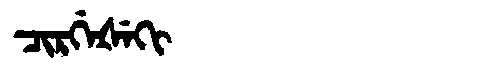
Manchu: ᠴᡳᡵᡤᡝᡧᡝᡴᡳ
Romanization: CIRGEŠEKI